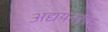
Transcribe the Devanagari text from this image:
अद्ययनरत